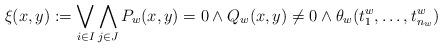
LaTeX: \begin{align*}\xi(x,y):=\bigvee_{i\in I} \bigwedge_{j\in J} P_{w}(x,y)=0 \wedge Q_{w}(x,y)\neq 0 \wedge \theta_{w}(t_{1}^w,\ldots, t_{n_w}^w)\end{align*}